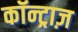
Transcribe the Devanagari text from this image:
कॉन्ट्राज़